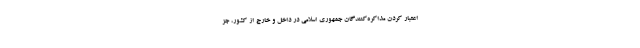
اعتبار کردن مذاکره‌کنندگان جمهوری اسلامی در داخل و خارج از کشور، جز